画像に写った文字を読んでください
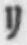
「リ」と書いてあります